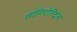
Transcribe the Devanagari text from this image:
लांगिरोस्ट्रिस